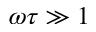
\omega \tau \gg 1